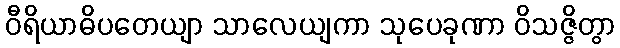
ဝီရိယာဓိပတေယျာ သာလေယျကာ သုပေခုဏာ ဝိသဇ္ဇိတွာ